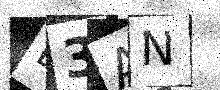
Text: B3AN